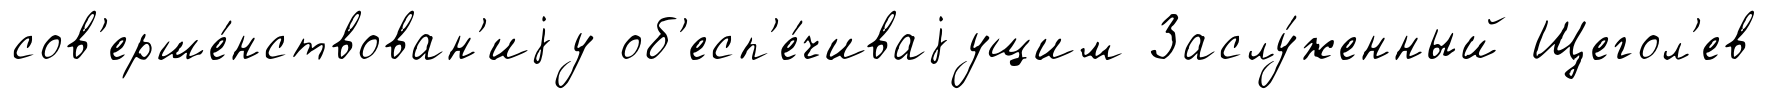
сов'ерше́нствован'иjу об'есп'е́чиваjущим Заслу́женный Щегол'ев